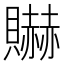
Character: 𰷘